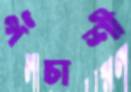
পঁচাশী